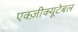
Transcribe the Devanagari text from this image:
एक्ज़ीक्यूटेबल